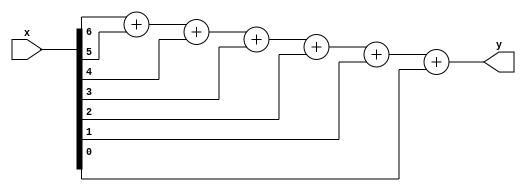
`timescale 1ns / 1ns

module encoder(y, x);

  output reg [2:0] y;
  input [6:0] x;

  always @(*) begin
    y = x[6] + x[5] + x[4] + x[3] + x[2] + x[1] + x[0];
  end
  
endmodule


module mux(z, y, s);

  output reg z;
  input [2:0] y;
  input [1:0] s;

  always @(*) begin
    case(s)
      2'b00: z = (y == 3'b000) ? 1 : 0;
      2'b01: z = (y == 3'b001) ? 1 : 0;
      2'b10: z = (y == 3'b010) ? 1 : 0;
      2'b11: z = (y == 3'b011) ? 1 : 0;
    endcase
  end
  
endmodule